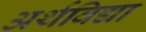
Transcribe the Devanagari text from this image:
अर्थविद्या